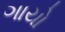
ગાયો